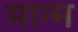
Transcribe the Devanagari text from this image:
मान्म